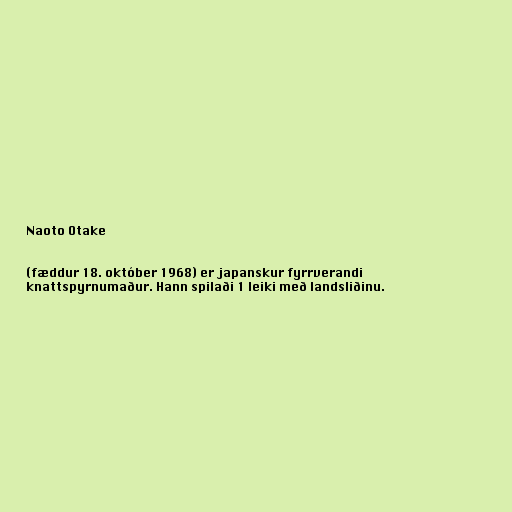
Naoto Otake

(fæddur 18. október 1968) er japanskur fyrrverandi
knattspyrnumaður. Hann spilaði 1 leiki með landsliðinu.